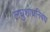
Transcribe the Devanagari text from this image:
लघुशोधनिबंध